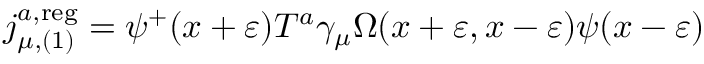
j _ { \mu , ( 1 ) } ^ { a , \mathrm { r e g } } = \psi ^ { + } ( x + \varepsilon ) T ^ { a } \gamma _ { \mu } \Omega ( x + \varepsilon , x - \varepsilon ) \psi ( x - \varepsilon )